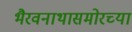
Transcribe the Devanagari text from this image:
भैरवनाथासमोरच्या